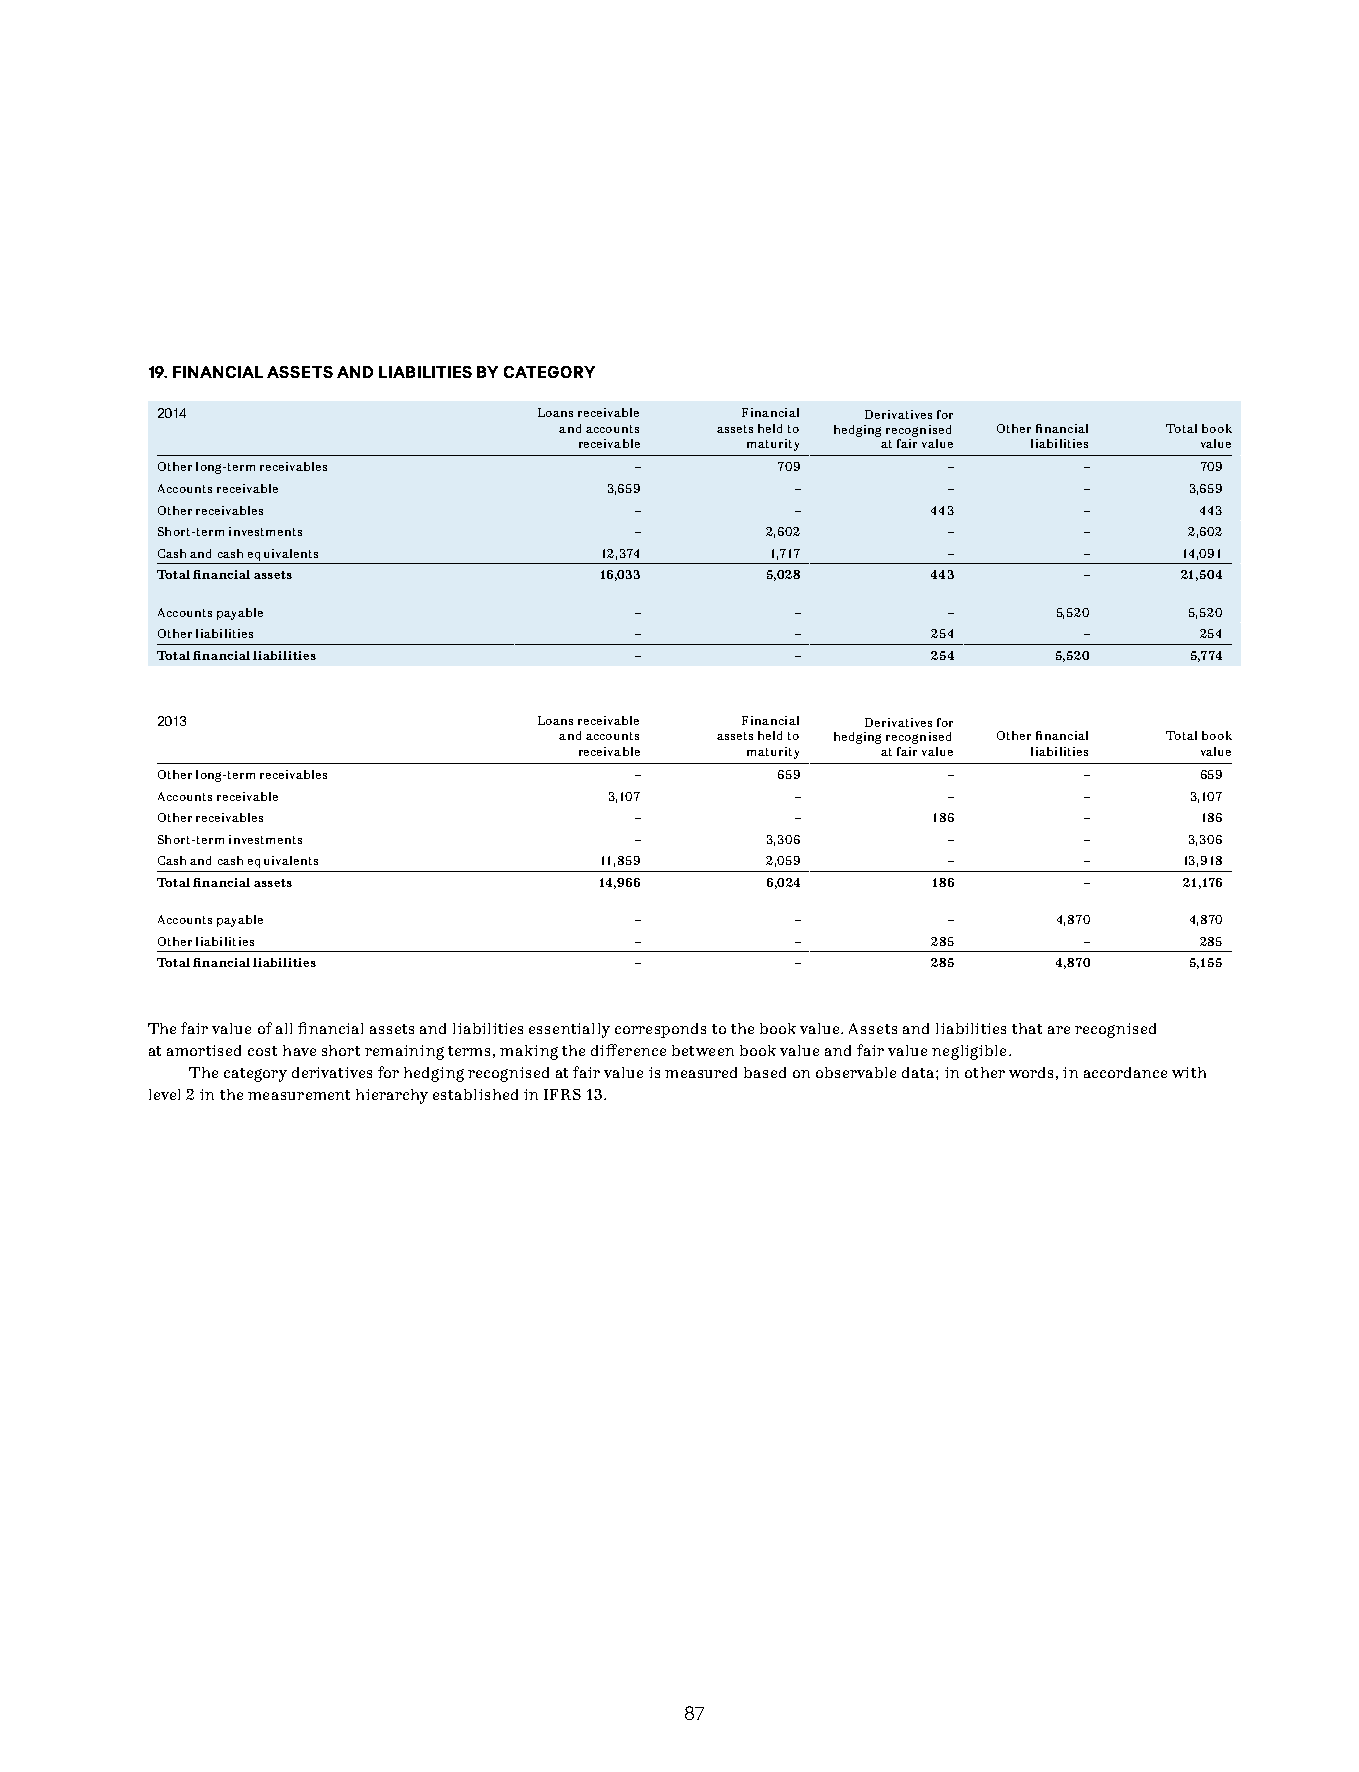
19. FINANCIAL ASSETS AND LIABILITIES BY CATEGORY
 2014                      Loans receivable Financial Derivatives for
 and accounts assets held to hedging recognised Other financial Total book
 receivable maturity at fair value liabilities value
 Other long-term receivables     –        709         –        –      709
 Accounts receivable           3,659        –         –        –      3,659
 Other receivables               –          –        443       –      443
 Short-term investments          –        2,602       –        –      2,602
 Cash and cash equivalents     12,374     1,717       –        –     14,091
 Total financial assets        16,033     5,028      443       –     21,504
 Accounts payable                –          –         –      5,520    5,520
 Other liabilities               –          –        254       –      254
 Total financial liabilities     –          –        254     5,520    5,774
 2013                      Loans receivable Financial Derivatives for
 and accounts assets held to hedging recognised Other financial Total book
 receivable maturity at fair value liabilities value
 Other long-term receivables     –        659         –        –      659
 Accounts receivable           3,107        –         –        –      3,107
 Other receivables               –          –        186       –      186
 Short-term investments          –        3,306       –        –      3,306
 Cash and cash equivalents     11,859     2,059       –        –     13,918
 Total financial assets        14,966     6,024      186       –     21,176
 Accounts payable                –          –         –      4,870    4,870
 Other liabilities               –          –        285       –      285
 Total financial liabilities     –          –        285     4,870    5,155
 The fair value of all financial assets and liabilities essentially corresponds to the book value. Assets and liabilities that are recognised
 at amortised cost have short remaining terms, making the difference between book value and fair value negligible.
 The category derivatives for hedging recognised at fair value is measured based on observable data; in other words, in accordance with
 level 2 in the measurement hierarchy established in IFRS 13.
 8877